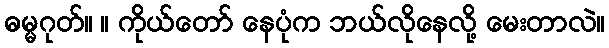
ဓမ္မဂုတ်။ ။ ကိုယ်တော် နေပုံက ဘယ်လိုနေလို့ မေးတာလဲ။